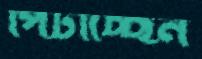
পিটাচ্ছেন